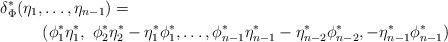
LaTeX: \begin{align*}\delta_{\Phi}^* (\eta_1,&\ldots,\eta_{n-1}) = \\&(\phi_1^*\eta_1^*,\mbox{ } \phi_2^*\eta_2^* - \eta_1^*\phi_1^*,\ldots,\phi_{n-1}^*\eta_{n-1}^* - \eta_{n-2}^*\phi_{n-2}^*,-\eta_{n-1}^*\phi_{n-1}^*)\end{align*}